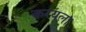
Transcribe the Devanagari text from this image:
करयला